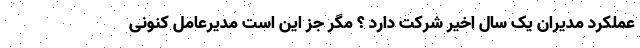
عملکرد مدیرانِ یک سال اخیر شرکت دارد ؟ مگر جز این است مدیرعامل کنونی